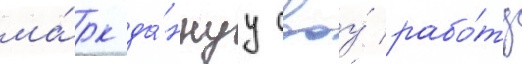
ма́рк да́ннуу своу́ рабо́ту